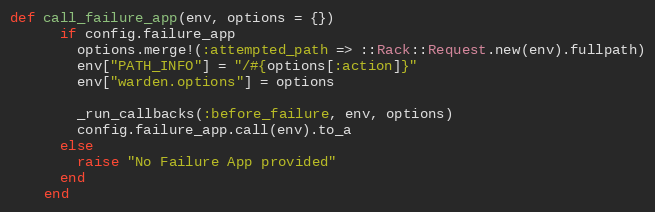
Language: Ruby
def call_failure_app(env, options = {})
      if config.failure_app
        options.merge!(:attempted_path => ::Rack::Request.new(env).fullpath)
        env["PATH_INFO"] = "/#{options[:action]}"
        env["warden.options"] = options

        _run_callbacks(:before_failure, env, options)
        config.failure_app.call(env).to_a
      else
        raise "No Failure App provided"
      end
    end